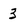
Character: 3